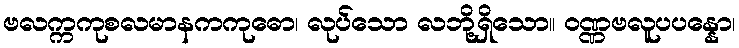
ဗလက္ကကုစလမာနကကုဓော၊ လုပ်သော လဘို့ရှိသော။ ဝဏ္ဏဗလူပပန္နော၊